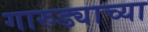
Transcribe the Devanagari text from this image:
गारुड्याच्या